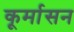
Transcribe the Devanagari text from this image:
कूर्मासन